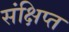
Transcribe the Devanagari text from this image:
संक्षिप्‍त